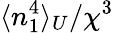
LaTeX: \langle n_{1}^{4}\rangle_{U}/\chi^{3}